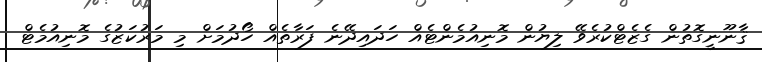
ޤާނޫނީގޮތުން ގެޒެޓްކުރެވޭ ލިޔުން މޮނިއުމެންޓެއް ހަދައިދޭނެ ފަރާތެއް ހޯދުމަށް މި މަރުކަޒުގެ މޮނިއުމެޓް